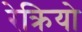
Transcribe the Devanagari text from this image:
रेक्रियो